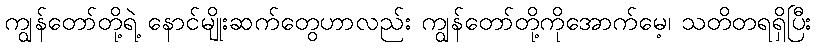
ကျွန်တော်တို့ရဲ့ နောင်မျိုးဆက်တွေဟာလည်း ကျွန်တော်တို့ကိုအောက်မေ့၊ သတိတရရှိပြီး